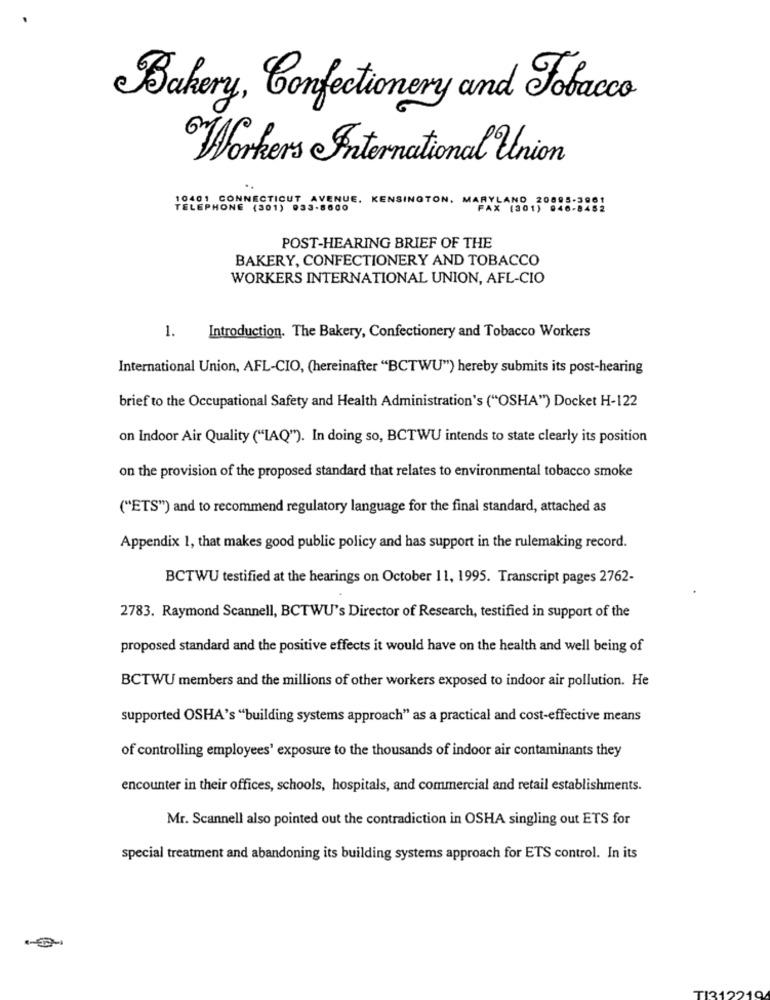
Bakery, Confectionery and Tobacco
Workers International Union
10401 CONNECTICUT AVENUE, KENSINGTON, MARYLAND
TELEPHONE (301) 033-8600
FAX (301 ) 040 -1
POST-HEARING BRIEF OF THE
BAKERY, CONFECTIONERY AND TOBACCO
WORKERS INTERNATIONAL UNION, AFL-CIO
1.
Introduction. The Bakery, Confectionery and Tobacco Workers
International Union, AFL-CIO, (hereinafter "BCTWU") hereby submits its post-hearing
brief to the Occupational Safety and Health Administration's ("OSHA") Docket H-122
on Indoor Air Quality ("IAQ"). In doing so, BCTWU intends to state clearly its position
on the provision of the proposed standard that relates to environmental tobacco smoke
("ETS") and to recommend regulatory language for the final standard, attached as
Appendix 1, that makes good public policy and has support in the rulemaking record.
BCTWU testified at the hearings on October 11, 1995. Transcript pages 2762-
2783. Raymond Scannell, BCTWU's Director of Research, testified in support of the
proposed standard and the positive effects it would have on the health and well being of
BCTWU members and the millions of other workers exposed to indoor air pollution. He
supported OSHA's "building systems approach" as a practical and cost-effective means
of controlling employees' exposure to the thousands of indoor air contaminants they
encounter in their offices, schools, hospitals, and commercial and retail establishments.
Mr. Scannell also pointed out the contradiction in OSHA singling out ETS for
special treatment and abandoning its building systems approach for ETS control. In its
TI2
40